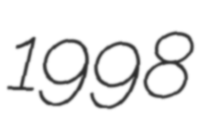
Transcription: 1998